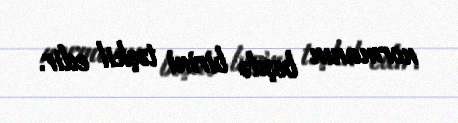
normanın beşdə birini təşkil edir.